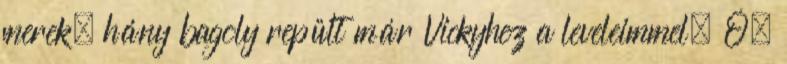
merek, hány bagoly repült már Vickyhez a leveleimmel. Ó,